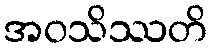
အဝသိဿတိ